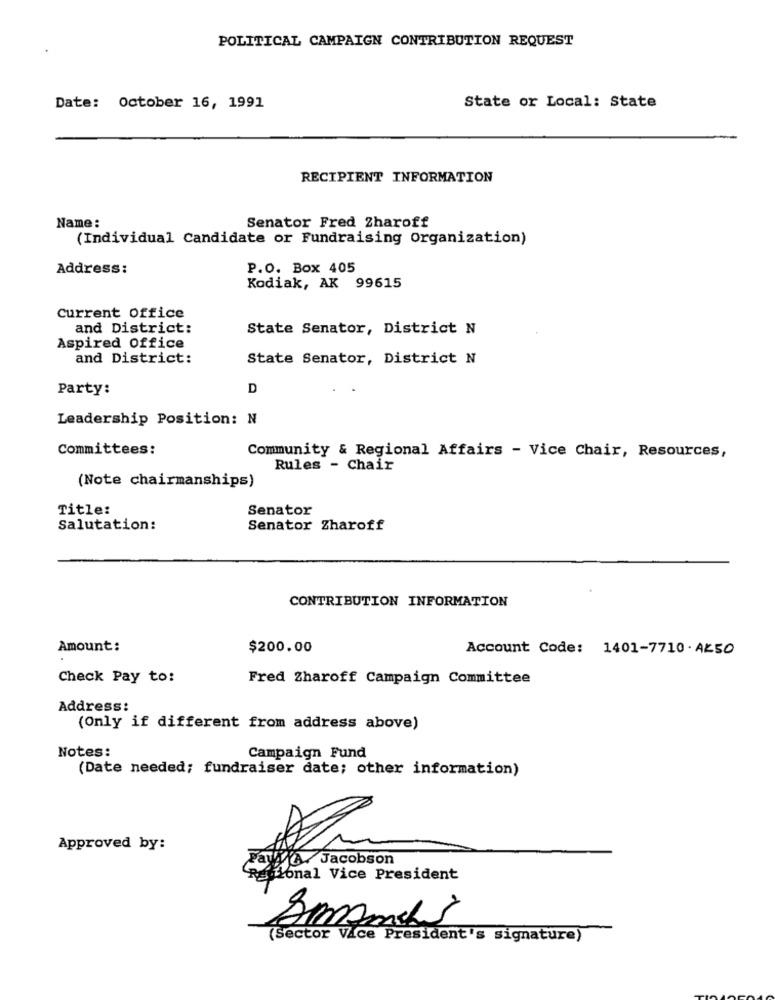
POLITICAL CAMPAIGN CONTRIBUTION REQUEST
Date: October 16, 1991
State or Local: State
RECIPIENT INFORMATION
Name :
Senator Fred Zharoff
(Individual Candidate or Fundraising Organization)
Address:
P.O. Box 405
Kodiak, AK 99615
Current office
and District:
State Senator, District N
Aspired Office
and District:
State Senator, District N
Party:
D
Leadership Position: N
Committees:
Community & Regional Affairs - Vice Chair, Resources,
Rules - Chair
(Note chairmanships)
Title:
Senator
Salutation:
Senator Zharoff
CONTRIBUTION INFORMATION
Amount:
$200.00
Account Code: 1401-7710 . AK50
Check Pay to:
Fred Zharoff Campaign Committee
Address:
(Only if different from address above)
Notes:
Campaign Fund
(Date needed; fundraiser date; other information)
Approved by:
PayA/ Jacobson
ional Vice President
(Sector Vice President's signature)